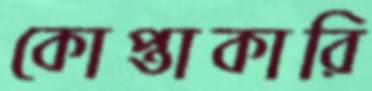
কোপ্তাকারি